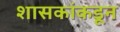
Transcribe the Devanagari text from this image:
शासकांकडून